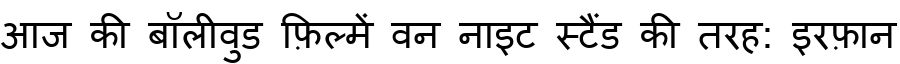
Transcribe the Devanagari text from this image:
आज की बॉलीवुड फ़िल्में वन नाइट स्टैंड की तरह: इरफ़ान